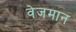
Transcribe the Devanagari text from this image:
वेजमान